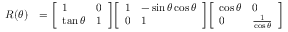
{ \begin{array} { r l } { R ( \theta ) } & { = { \left[ \begin{array} { l l } { 1 } & { 0 } \\ { \tan \theta } & { 1 } \end{array} \right] } { \left[ \begin{array} { l l } { 1 } & { - \sin \theta \cos \theta } \\ { 0 } & { 1 } \end{array} \right] } { \left[ \begin{array} { l l } { \cos \theta } & { 0 } \\ { 0 } & { { \frac { 1 } { \cos \theta } } } \end{array} \right] } } \end{array} }